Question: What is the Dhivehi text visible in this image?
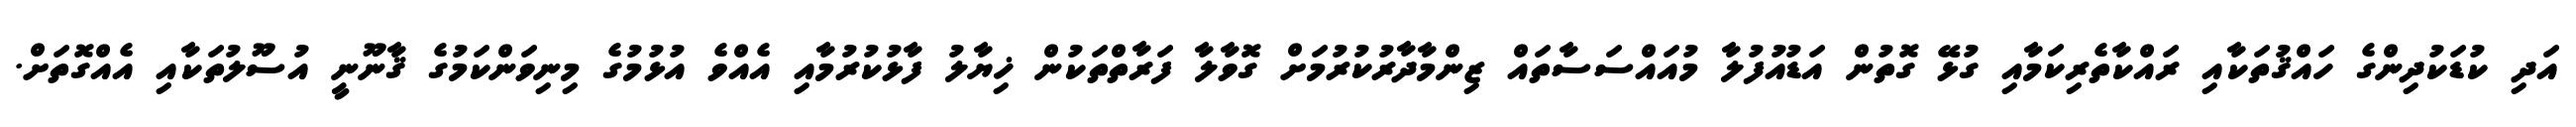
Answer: އަދި ކުޑަކުދިންގެ ހައްޤުތަކާއި ރައްކާތެރިކަމާއި ގުޅޭ ގޮތުން އަޑުއުފުލާ މުއައްސަސާތައް ޒިންމާދާރުކުރުމަށް ގޮވާލާ ފަރާތްތަކުން ޚިޔާލު ފާޅުކުރުމާއި އެއްވެ އުޅުމުގެ މިނިވަންކަމުގެ ޤާނޫނީ އުސޫލުތަކާއި އެއްގޮތަށް.